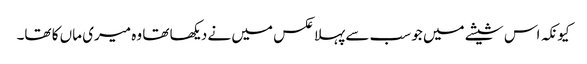
کیونکہ اس شیشے میں جو سب سے پہلا عکس میں نے دیکھا تھا وہ میری ماں کا تھا۔